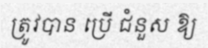
ត្រូវបាន ប្រើ ជំនួស ឱ្យ